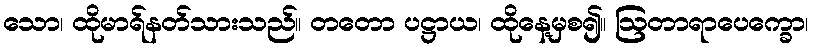
သော၊ ထိုမာရ်နတ်သားသည်။ တတော ပဋ္ဌာယ၊ ထိုနေ့မှစ၍။ ဩတာရာပေက္ခော၊